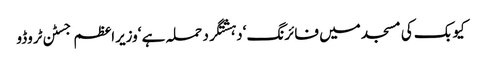
کیوبک کی مسجد میں فائرنگ ‘دہشتگرد حملہ ہے ‘وزیراعظم جسٹن ٹروڈو